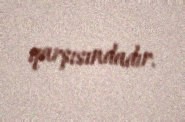
qarşısındadır.